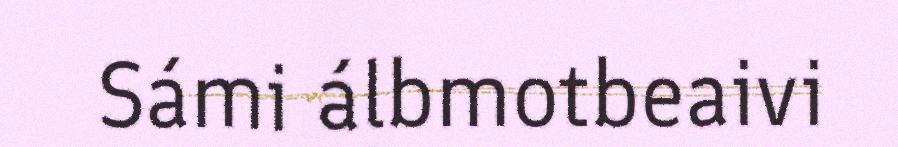
Sámi álbmotbeaivi